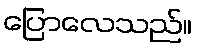
ပြောလေသည်။